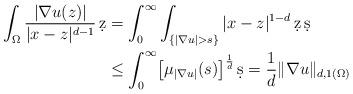
LaTeX: \begin{align*}\int_\Omega \frac{|\nabla u(z)|}{|x-z|^{d-1}}\,\d z& = \int_{0}^{\infty} \int_{\{|\nabla u|>s\}} |x-z|^{1-d} \,\d z\, \d s\cr& \le \int_{0}^{\infty}\bigl[\mu_{|\nabla u|}(s)\bigr]^{\frac{1}{d}}\, \d s= \frac{1}{d} \|\nabla u \|_{d,1(\Omega)}\end{align*}